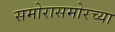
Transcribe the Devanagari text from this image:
समोरासमोरच्या